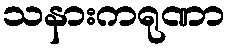
သနားကရုဏာ